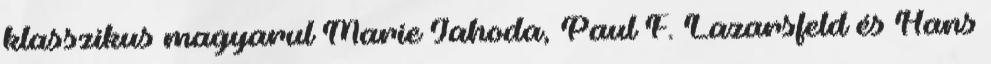
klasszikus magyarul Marie Jahoda, Paul F. Lazarsfeld és Hans